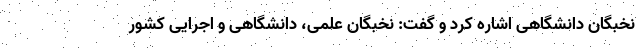
نخبگان دانشگاهی اشاره کرد و گفت: نخبگان علمی، دانشگاهی و اجرایی کشور